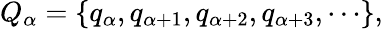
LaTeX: Q_{\alpha}=\{ q_{\alpha},q_{\alpha+1},q_{\alpha+2},q_{\alpha+3},\cdots\} ,